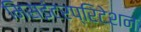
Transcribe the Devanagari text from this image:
मिसइंटरप्रिटेशन